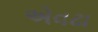
એવઢા